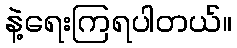
နဲ့ရေးကြရပါတယ်။